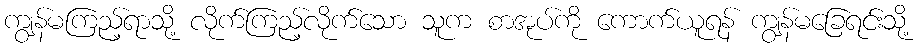
ကျွန်မကြည့်ရာသို့ လိုက်ကြည့်လိုက်သော သူက စာအုပ်ကို ကောက်ယူရန် ကျွန်မခြေရင်းသို့